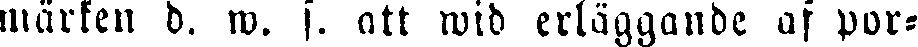
märken d. w. s. att wid erläggande af por-